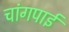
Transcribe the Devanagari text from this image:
चांगपाई